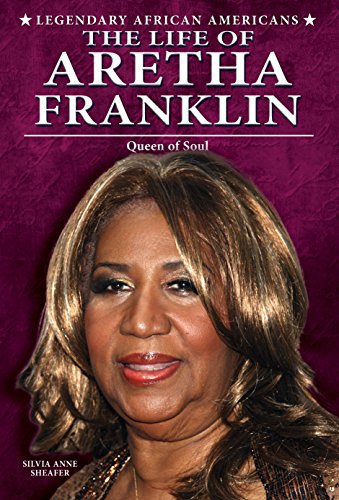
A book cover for The Life of Aretha Franklin: Queen of Soul (Legendary African Americans); Silvia Anne Sheafer; Teen & Young Adult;